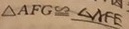
\Delta A F G \cong \Delta A F E